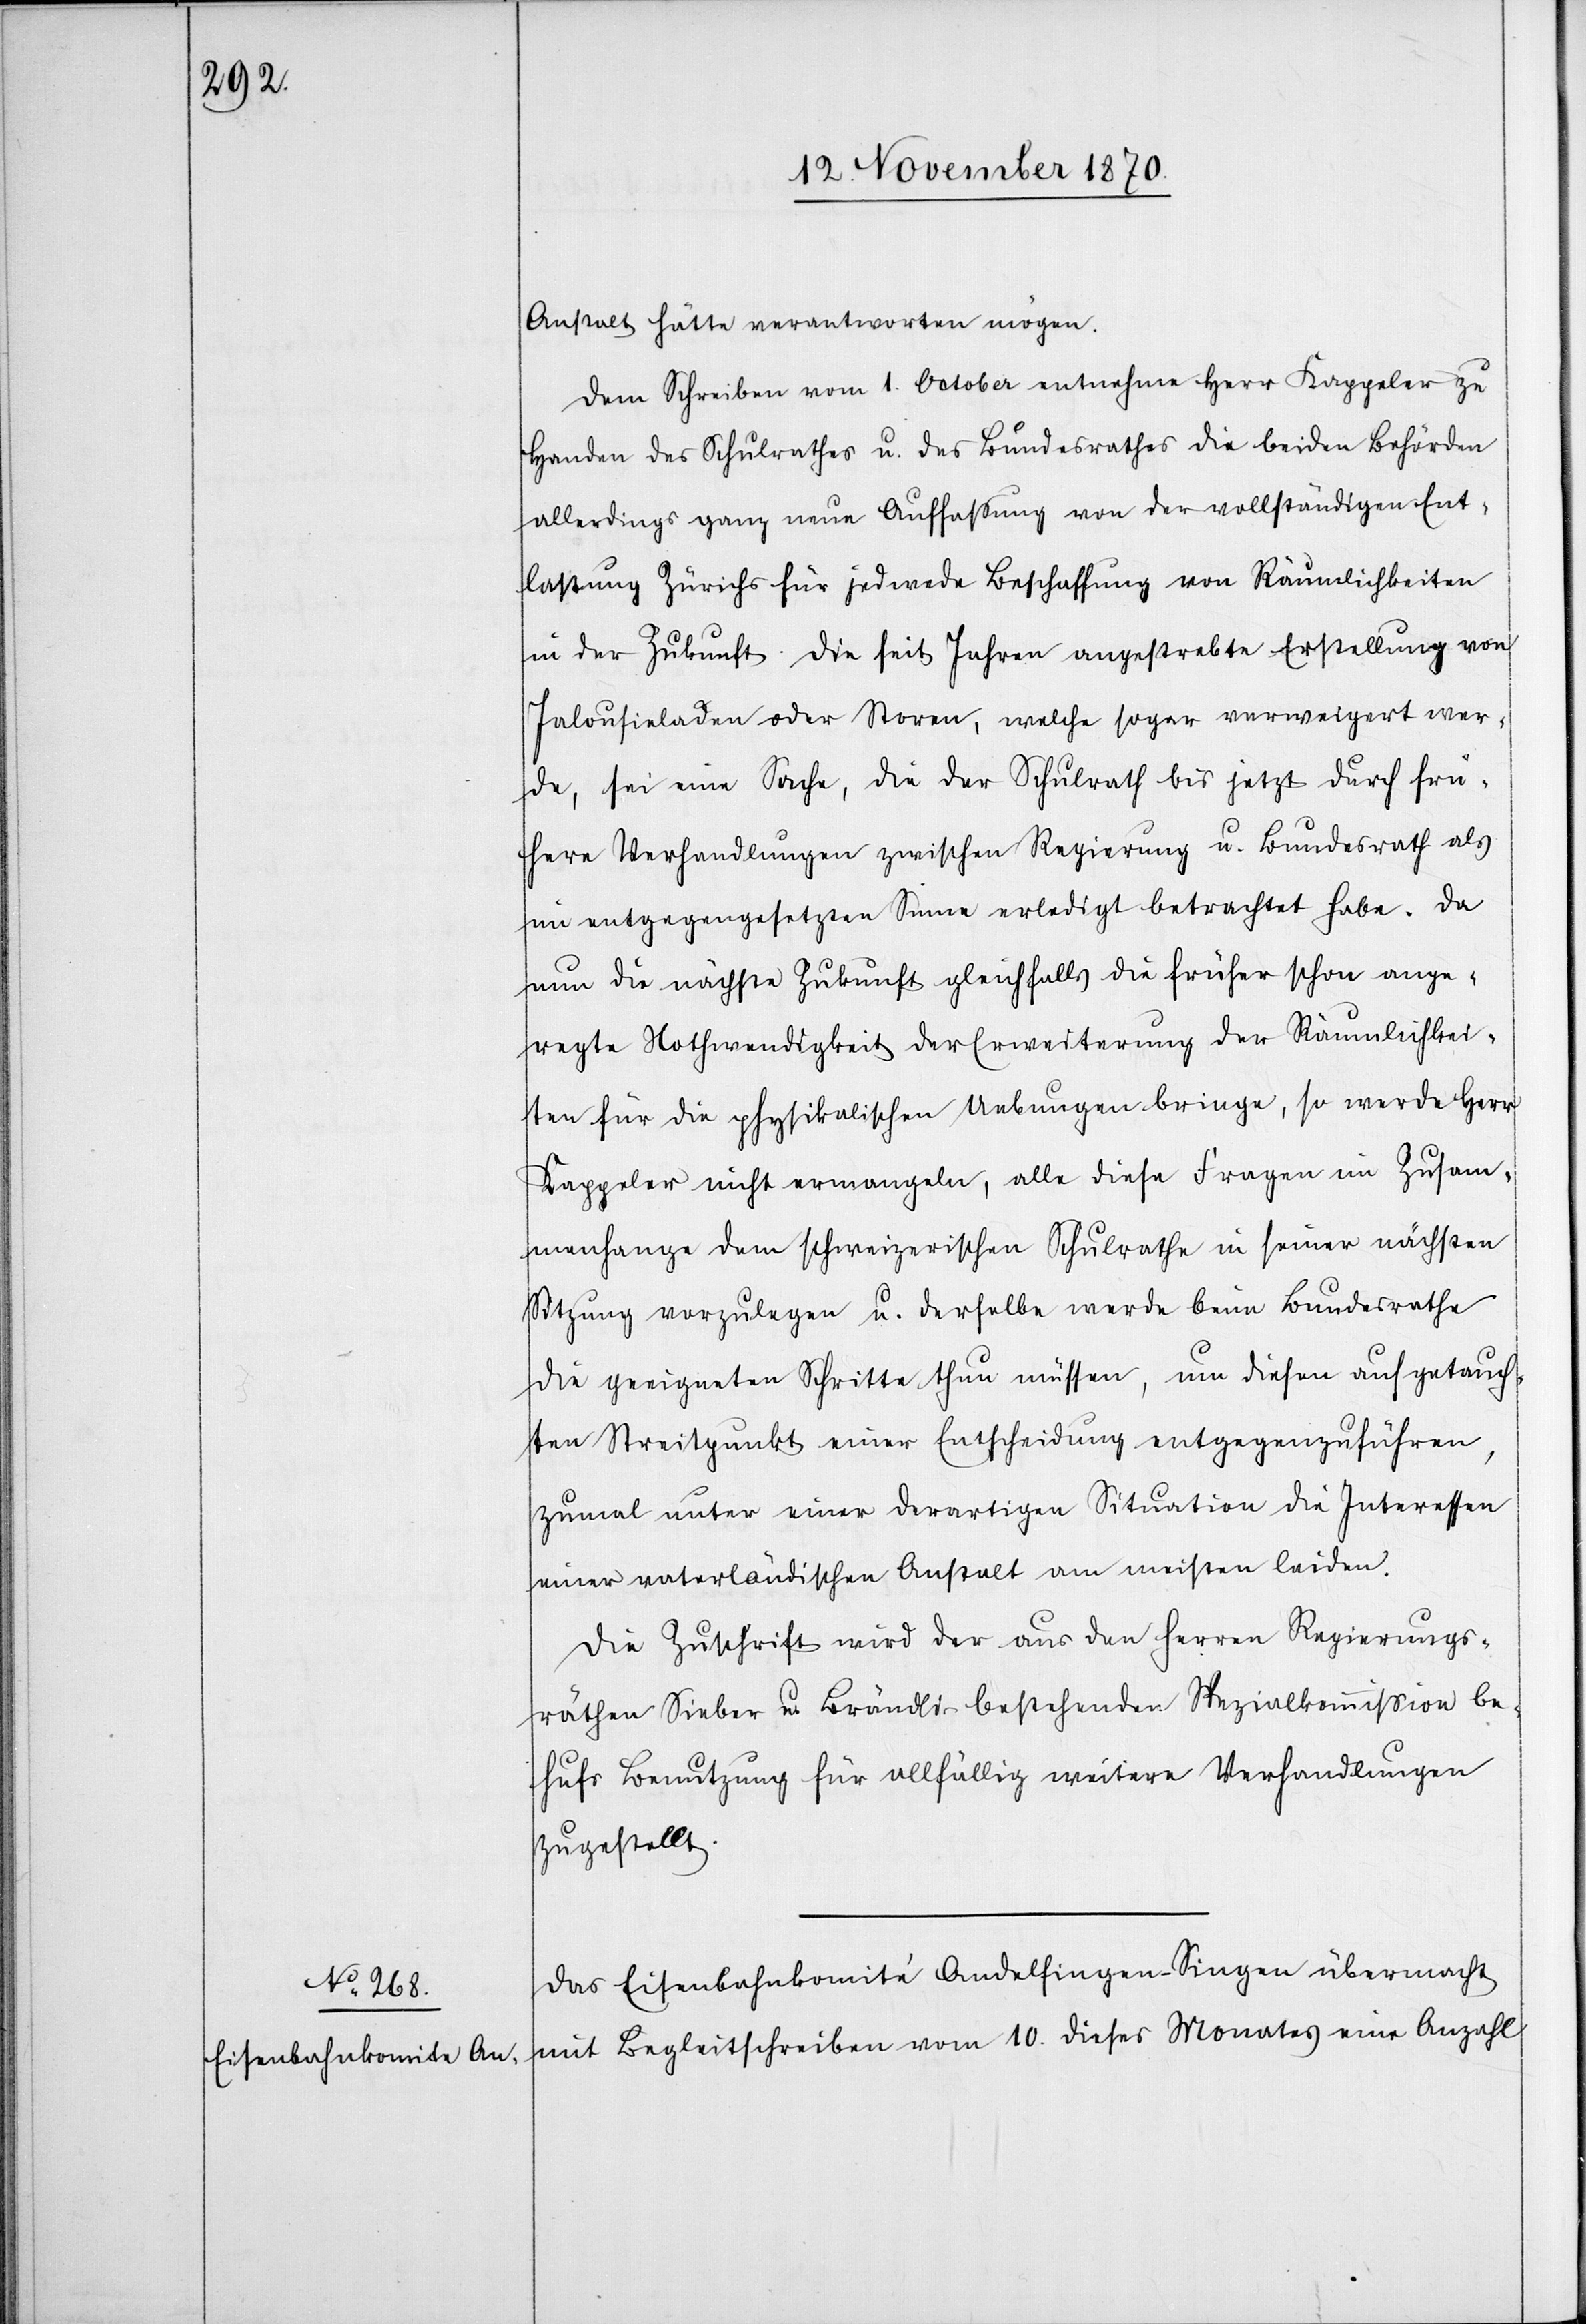
Anstalt hätte verantworten mögen.
Dem Schreiben vom 1. October entnehme Herr Kappeler zu
Handen des Schulrathes u. des Bundesrathes die beiden Behörden
allerdings ganz neue Auffassung von der vollständigen Ent¬
haltung Zürichs für jedwede Beschaffung von Räumlichkeiten
in der Zukunft. Die seit Jahren angestrebte Erstellung von
Jalousieladen oder Storen, welche sogar verweigert wer¬
de, sei eine Sache, die der Schulrath bis jetzt durch frü¬
here Verhandlungen zwischen Regierung u. Bundesrath als
im entgegengesetzten Sinne erledigt betrachtet habe. Da
nun die nächste Zukunft gleichfalls die früher schon ange¬
regte Nothwendigkeit der Erweiterung der Räumlichkei¬
ten für die physikalischen Uebungen bringe, so werde Herr
Kappeler nicht ermangeln, alle diese Fragen im Zusam¬
menhange dem schweizerischen Schulrathe in seiner nächsten
Sitzung vorzulegen u. derselbe werde beim Bundesrathe
die geeigneten Schritte thun müssen, um diesen aufgetauch¬
ten Streitpunkt einer Entscheidung entgegenzuführen,
zumal unter einer derartigen Situation die Interessen
einer vaterländischen Anstalt am meisten leiden.
Die Zuschrift wird der aus den Herren Regierungs¬
räthen Sieber u. Brändli bestehenden Spezialkommißion be¬
hufs Benutzung für allfällig weitere Verhandlungen
zugestellt.
Das Eisenbahnkomité Andelfingen–Singen übermacht
mit Begleitschreiben vom 10. dieses Monates eine Anzahl